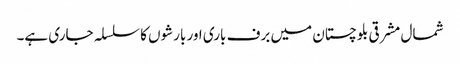
شمال مشرقی بلوچستان میں برف باری اور بارشوں کا سلسلہ جاری ہے۔